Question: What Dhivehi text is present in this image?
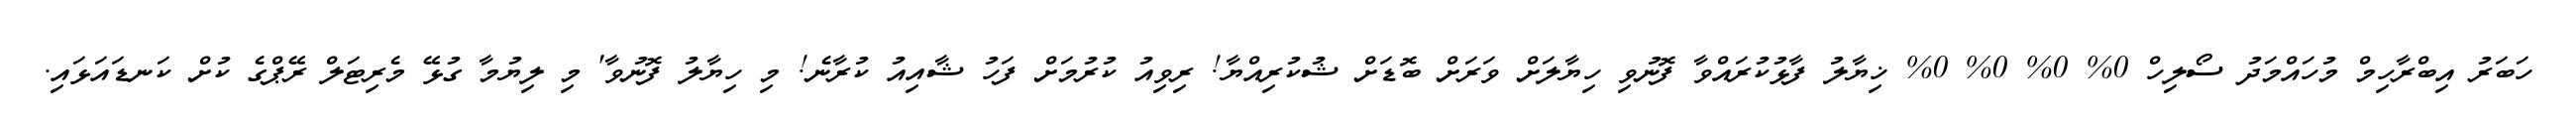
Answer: ހަބަރު އިބްރާހިމް މުހައްމަދު ސޯލިހް 0% 0% 0% 0% ޚިޔާލު ފާޅުކުރައްވާ ފޮނުވި ހިޔާލަށް ވަރަށް ބޮޑަށް ޝުކުރިއްޔާ! ރިވިއު ކުރުމަށް ފަހު ޝާއިއު ކުރާނެ! މި ހިޔާލު ފޮނުވާ' މި ލިޔުމާ ގުޅޭ މެރިޓަލް ރޭޕްގެ ކުށް ކަނޑައަޅައި.